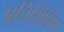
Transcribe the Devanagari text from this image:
प्रतिशिक्षित